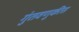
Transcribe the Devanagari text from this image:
गुंतवणुकीस